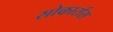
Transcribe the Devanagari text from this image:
सोकार्रास